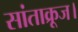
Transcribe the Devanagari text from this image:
सांताक्रूज।